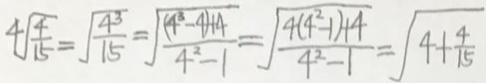
4 \sqrt { \frac { 4 } { 1 5 } } = \sqrt { \frac { 4 ^ { 3 } } { 1 5 } } = \sqrt { \frac { ( 4 ^ { 3 } - 4 ) + 4 } { 4 ^ { 2 } - 1 } } = \sqrt { \frac { 4 ( 4 ^ { 2 } - 1 ) + 4 } { 4 ^ { 2 } - 1 } } = \sqrt { 4 + \frac { 4 } { 1 5 } }